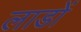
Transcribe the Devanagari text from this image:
लाडों